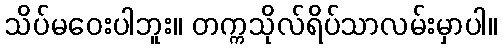
သိပ်မဝေးပါဘူး။ တက္ကသိုလ်ရိပ်သာလမ်းမှာပါ။